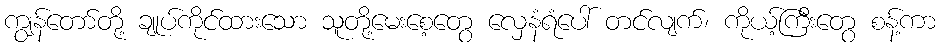
ကျွန်တော်တို့ ချုပ်ကိုင်ထားသော သူတို့မေးစေ့တွေ လှေနံရံပေါ် တင်လျက်၊ ကိုယ့်ကြီးတွေ စန့်ကာ